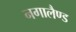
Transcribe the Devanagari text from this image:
नगालैण्ड